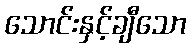
သောင်းနှင့်ချီသော